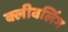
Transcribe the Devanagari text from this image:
क्लीवलिंग